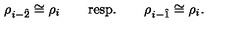
\rho _ { i - \hat { 2 } } \cong \rho _ { i } \qquad \mathrm { r e s p . } \qquad \rho _ { i - \hat { 1 } } \cong \rho _ { i } .